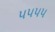
૫૫૫૫